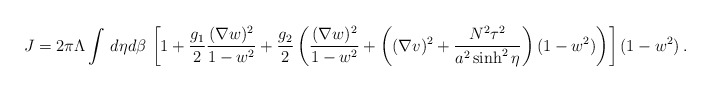
\begin{align*}J = 2\pi\Lambda \int \, d \eta d\beta\,\left[ 1 + \frac{g_1}{2}\frac{(\nabla w)^2}{1- w^2} + \frac{g_2}{2} \left(\frac{(\nabla w)^2}{1- w^2} + \left((\nabla v)^2+\frac{N^2\tau^2}{a^2\sinh^2\eta}\right)(1-w^2)\right)\right](1-w^2)\,.\end{align*}